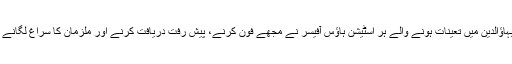
انہوں نے کہا کہ پولیس نے تحقیقات کو مکمل نظر انداز کیا ہے اور صدر پولیس اسٹیشن منڈی بہاؤالدین میں تعینات ہونے والے ہر اسٹیشن ہاؤس آفیسر نے مجھے فون کرنے، پیش رفت دریافت کرنے اور ملزمان کا سراغ لگانے کے متعلق پوچھنے تک ہی اکتفا کیا مگر اب گزشتہ دو سالوں سے یہ سلسلہ بھی بند ہوچکا ہے۔